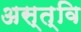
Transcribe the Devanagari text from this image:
अस्त्वि